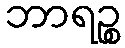
ဘာရဉ္စ